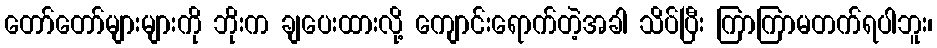
တော်တော်များများကို ဘိုးက ချပေးထားလို့ ကျောင်းရောက်တဲ့အခါ သိပ်ပြီး ကြာကြာမတက်ရပါဘူး၊